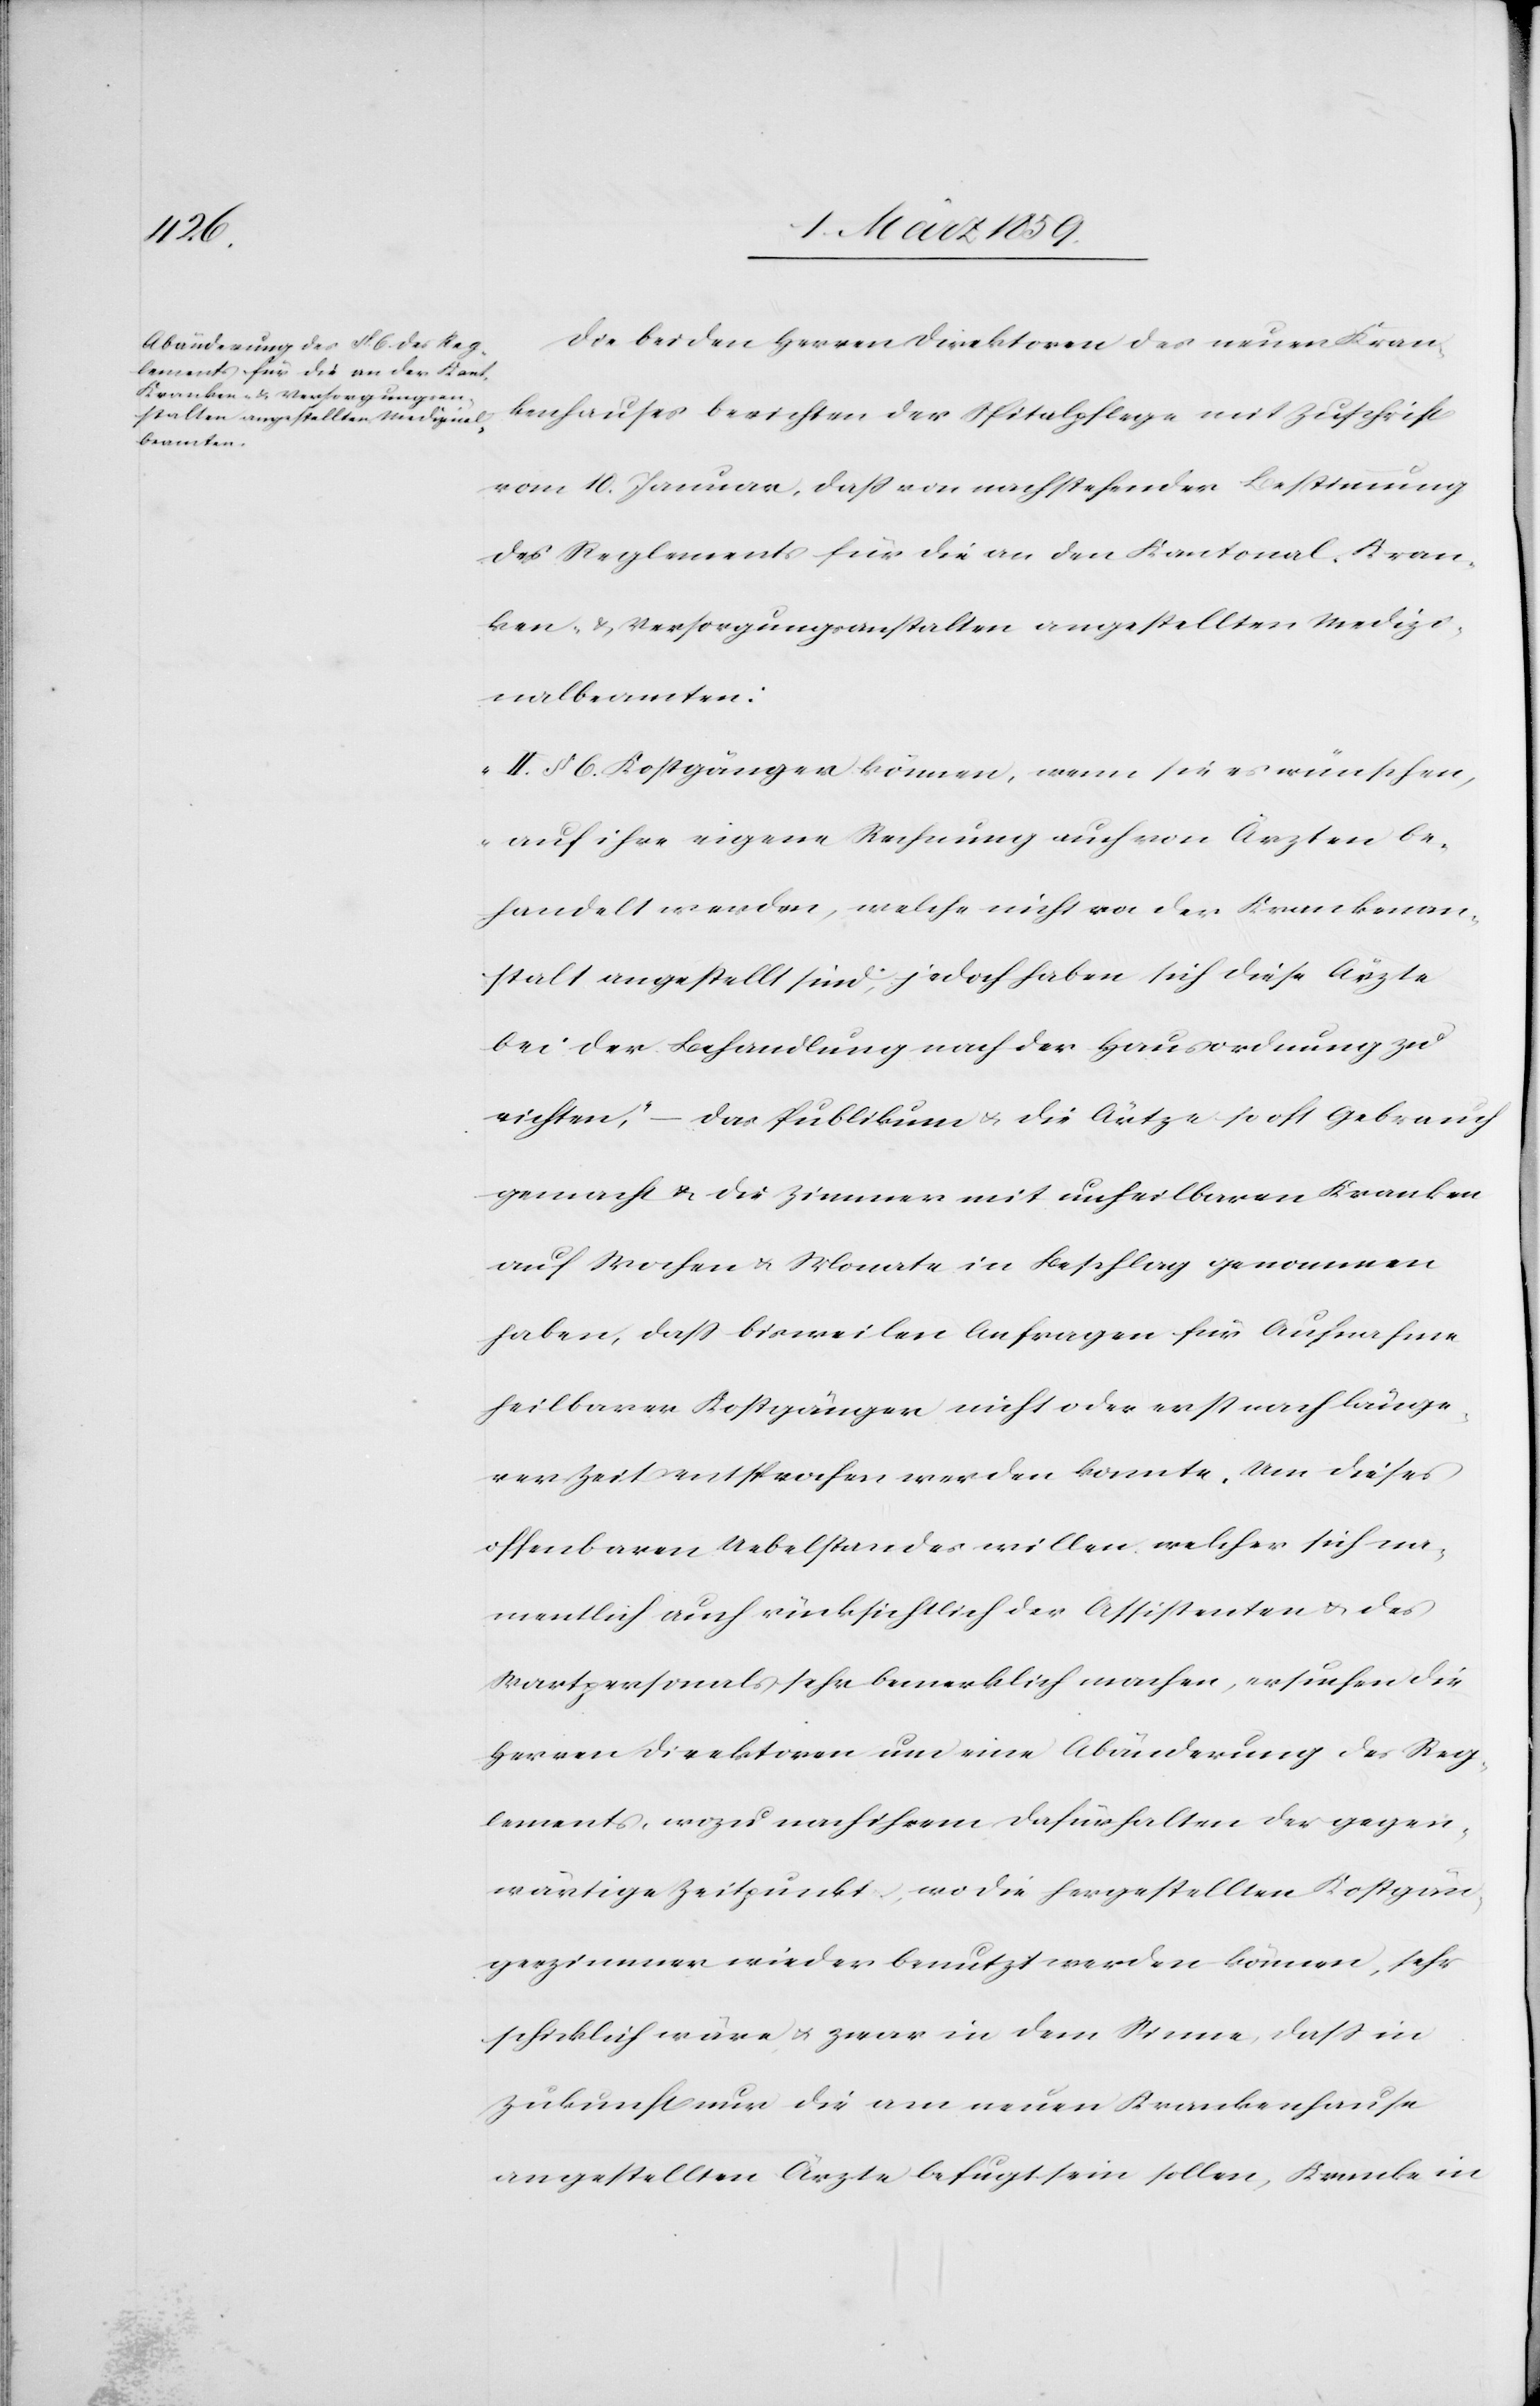
Die beiden Herren Direktoren des neuen Kran¬
kenhauses berichten der Spitalpflege mit Zuschrift
vom 10. Januar, daß von nachstehender Bestimmung
des Reglements für die an den Kantonal-Kran¬
ken- & Versorgungsanstalten angestellten Medizi¬
nalbeamten:
„II. § 6. Kostgänger können, wenn sie es wünschen,
auf ihre eigene Rechnung auch von Ärzten be¬
handelt werden, welche nicht von der Krankenan¬
stalt angestellt sind; jedoch haben sich diese Ärzte
bei der Behandlung nach der Hausordnung zu
richten,“ – das Publikum u. die Ärzte so oft Gebrauch
gemacht u. die Zimmer mit unheilbaren Kranken
auf Wochen u. Monate in Beschlag genommen
haben, daß bisweilen Anfragen für Aufnahme
heilbarer Kostgänger nicht oder erst nach länge¬
rer Zeit entsprochen werden konnte. Um dieses
offenbaren Uebelstandes willen, welcher sich na¬
mentlich auch rücksichtlich der Assistenten u. des
Wartpersonals sehr bemerklich machen, ersuchen die
Herren Direktoren um eine Abänderung des Reg¬
lements, wozu nach ihrem Dafürhalten der gegen¬
wärtige Zeitpunkt, wo die hergestellten Kostgän¬
gerzimmer wieder benutzt werden können, sehr
schicklich wäre u. zwar in dem Sinne, daß in
Zukunft nur die am neuen Krankenhause
angestellten Ärzte befugt sein sollen, Kranke in